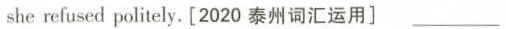
she refused politely. [2020 泰州词汇运用] ___